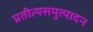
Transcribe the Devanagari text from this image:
प्रतीत्यसमुत्पादन